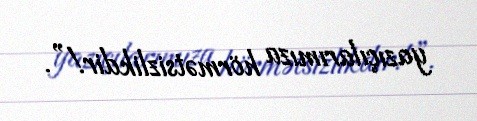
yazıçılarımıza hörmətsizlikdir!”.